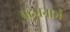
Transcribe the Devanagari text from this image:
पद्‌मनाभं